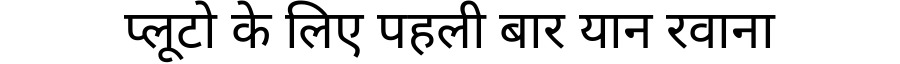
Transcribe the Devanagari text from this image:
प्लूटो के लिए पहली बार यान रवाना